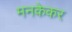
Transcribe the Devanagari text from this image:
मनकेकर